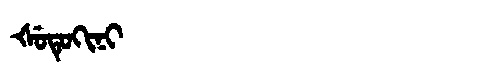
Manchu: ᡧᡠᡨᡠᡴᡳᠨᡳ
Romanization: ŠUTUKINI